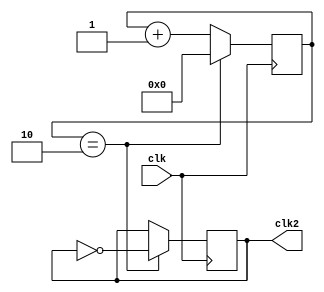
`timescale 1ns / 1ps
//////////////////////////////////////////////////////////////////////////////////
// Company: 
// Engineer: 
// 
// Design Name: 
// Module Name: clock_divider_fpga
// Project Name: 
// Target Devices: 
// Tool Versions: 
// Description: 
// 
// Dependencies: 
// 
// Revision:
// Revision 0.01 - File Created
// Additional Comments:
// 
//////////////////////////////////////////////////////////////////////////////////


//contador = (reloj_entrante / reloj_nuevo) / 2

module clock_divider_fpga(
   input           clk,     // reloj entrante de 50MHz
   output reg      clk2      // nuevo reloj de 5MHz
    );

reg [3:0] count =0;

initial

begin
 clk2 = 0;

end

// divisor de reloj 50MHz a 5MHz
always@(posedge clk)
    begin
        if(count==4'd2)      // cuenta 5 ciclos (0-4) de reloj    
            begin
              count<=0;      // reinicia cuenta a 0
              clk2 <= ~clk2; // transiciona clk2 a alto o bajo
            end
        else
            begin
            count<=count+1;  //  aumenta contador
            end                  
    end 
    
    
endmodule